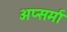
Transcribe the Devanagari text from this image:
अप्सर्मा